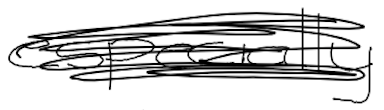
Text: especially
Cross-out: scratch
Writing tool: digital_black